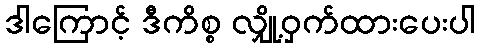
ဒါကြောင့် ဒီကိစ္စ လျှို့ဝှက်ထားပေးပါ